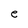
Character: e